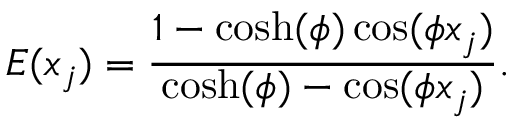
E ( x _ { j } ) = \frac { 1 - \cosh ( \phi ) \cos ( \phi x _ { j } ) } { \cosh ( \phi ) - \cos ( \phi x _ { j } ) } .